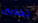
تكذبين